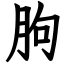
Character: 胊